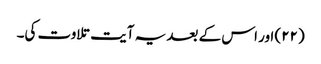
(۲۲) اور اس کے بعد یہ آیت تلاوت کی۔